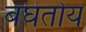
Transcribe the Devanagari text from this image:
बघतोय